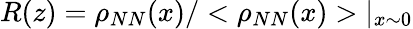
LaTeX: R(z)=\rho_{NN}(x)/<\rho_{NN}(x)>\vert_{x\sim 0}